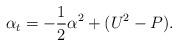
LaTeX: \begin{align*}\alpha_t= -\frac12 \alpha^2+(U^2-P).\end{align*}